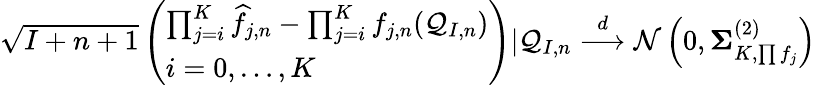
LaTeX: \begin{array}{r}{\sqrt{I+n+1}\left(\begin{array}{l}{\prod_{j=i}^{K}\widehat f_{j,n}-\prod_{j=i}^{K}f_{j,n}(\mathcal{Q}_{I,n})}\\ {i=0,\ldots,K}\end{array}\right)|\mathcal{Q}_{I,n}\overset{d}{\longrightarrow}\mathcal{N}\left(0,\mathbf{\Sigma}_{K,\prod f_{j}}^{(2)}\right)}\end{array}